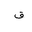
Letter: _qaf